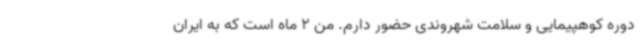
دوره کوهپیمایی و سلامت شهروندی حضور دارم. من 2 ماه است که به ایران